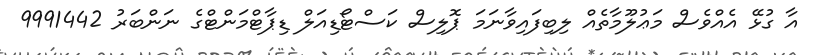
އާ ގުޅޭ އެއްވެސް މަޢުލޫމާތެއް ލިބިފައިވާނަމަ ޕޮލިސް ކަސްޓޯޑިއަލް ޑިޕާޓްމަންޓްގެ ނަންބަރު 9991442